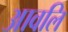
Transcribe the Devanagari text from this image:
आवलि